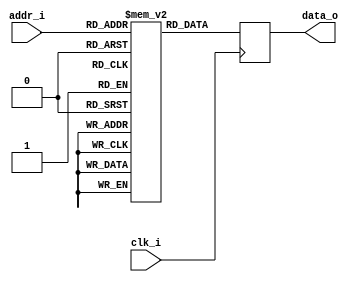
// DIY Read Only Syncronous Memory
// 4 bits addr bus
// 8 bits data bus
// string is null-terminated
module memory (
    input clk_i,
    input [3:0] addr_i,
    output reg [7:0] data_o
);

    reg [7:0] mem [15:0];

    initial begin
        mem[0]  = "P";
        mem[1]  = "r";
        mem[2]  = "o";
        mem[3]  = "b";
        mem[4]  = "a";
        mem[5]  = "n";
        mem[6]  = "d";
        mem[7]  = "o";
        mem[8]  = " ";
        mem[9]  = "U";
        mem[10] = "A";
        mem[11] = "R";
        mem[12] = "T";
        mem[13] = 0;
        mem[14] = 0;
        mem[15] = 0;
    end

    always @(posedge clk_i)
        data_o <= mem[addr_i[3:0]];

endmodule